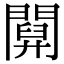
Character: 𨵹